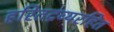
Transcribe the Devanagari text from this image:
हरितद्रव्यरहित